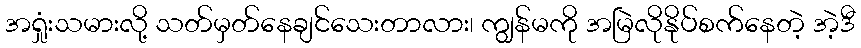
အရှုံးသမားလို့ သတ်မှတ်နေချင်သေးတာလား၊ ကျွန်မကို အမြဲလိုနိုပ်စက်နေတဲ့ အဲ့ဒီ